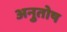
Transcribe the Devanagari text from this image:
अनुुतोष